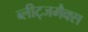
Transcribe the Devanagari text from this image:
ब्लीट्जमैक्स